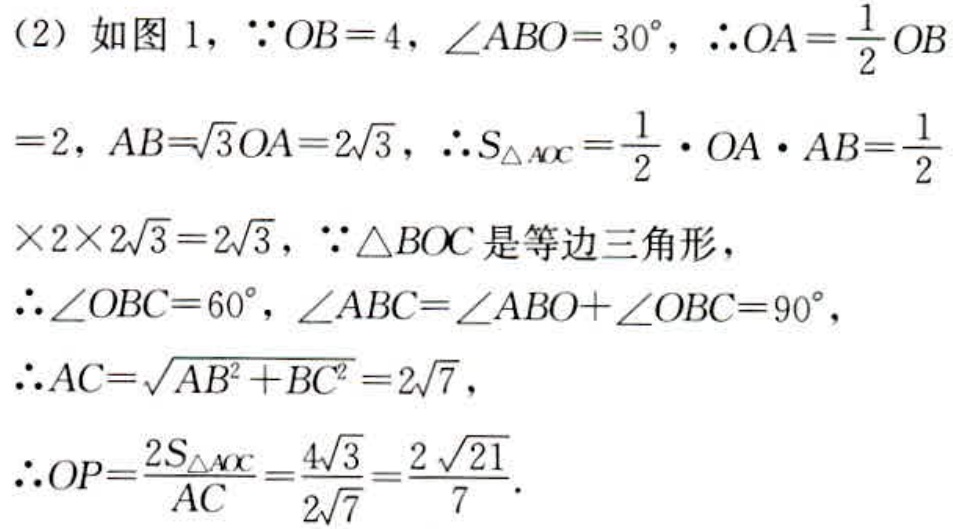
(2) 如图 1, \(\because OB = 4\), \(\angle ABO=30^{\circ}\), \(\therefore OA=\frac{1}{2}OB\)
\(=2\), \(AB = \sqrt{3}OA = 2\sqrt{3}\), \(\therefore S_{\triangle AOC}=\frac{1}{2}\cdot OA\cdot AB=\frac{1}{2}\)
\(\times2\times2\sqrt{3}=2\sqrt{3}\), \(\because\triangle BOC\) 是等边三角形,
\(\therefore\angle OBC = 60^{\circ}\), \(\angle ABC=\angle ABO+\angle OBC = 90^{\circ}\),
\(\therefore AC=\sqrt{AB^{2}+BC^{2}}=2\sqrt{7}\),
\(\therefore OP=\frac{2S_{\triangle AOC}}{AC}=\frac{4\sqrt{3}}{2\sqrt{7}}=\frac{2\sqrt{21}}{7}\).